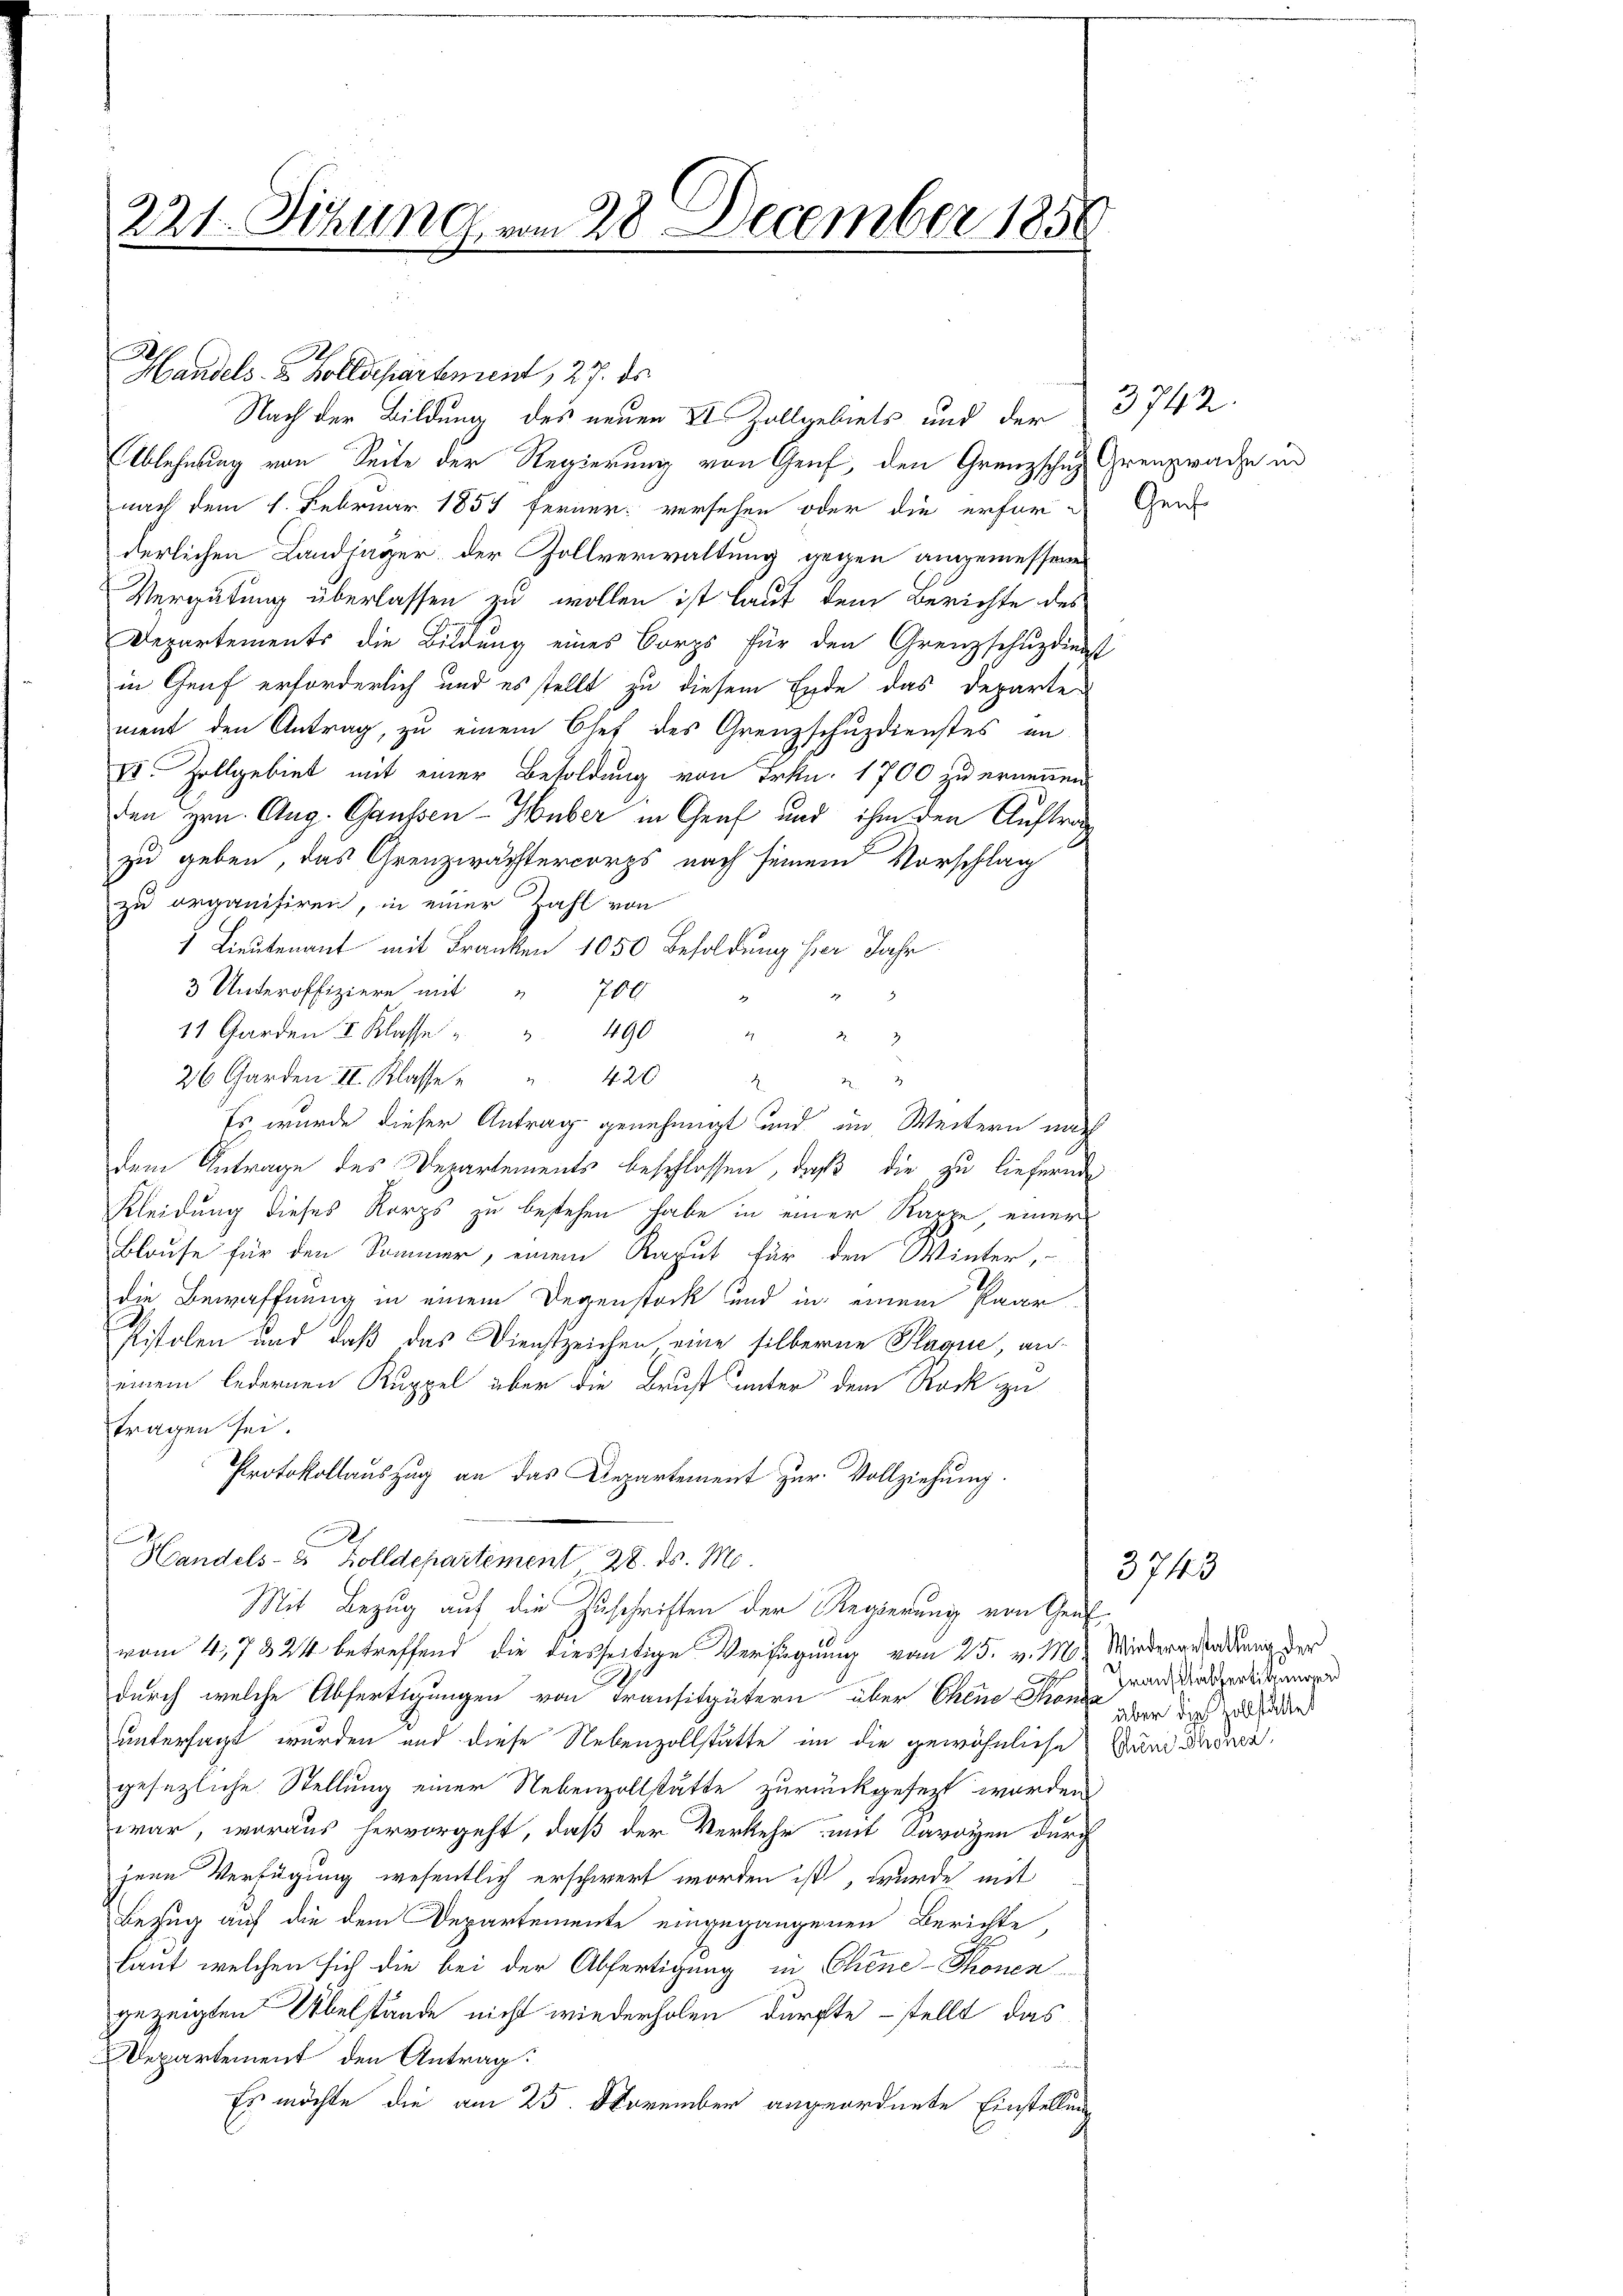
221. Sichung vom 28. December 1856

1
Handels- & Zolldepartement, 27. ds.
Nach der Bildung des neuen II Zollgebiets und der 3742
Ablehnung von Seite der Regierung von Genf, den Grenzsche Grenprache in
nach dem 1. Februar 1857 ferner versehen oder die erfor-
derlichen Landtager, der Zollverwaltung gegen angemessenen
Vergütung überlassen zu wollen ist laut dem Berichte des
Departements die Bildung eines Corps für den Grenzschuzdingst
in Genf erforderlich und es stellt zu diesem Ende das Departe
ment den Antrag, zu einem Chef des Grenzschuzdienstes an
VI. Zollgebiet mit einer Besoldung von Frkn. 1700 zu ernennen
den Hrn. Aug. Gaussen - Huber in Graf und ihm den Auftrag
zu geben, das Grenzwachtercorps nach seinem Vorschlag
zu organisiren, in einer Zahl von
1 Lieutenant mit Franken 1050 Besoldung hier Jahr
3 Unteroffiziere mit " 700

11 Garden I Klasse " " 490
  "
26 Garden II. Klasse " " 420
d
H
Es wurde dieser Antrag genehmigt und im Weitern und
dem Antrage des Departements beschlossen, daß die zu liefernde
Kleidung dieses Korps zu bestehen habe in einer Karpe, einer
Blause für den Sommer, einem Ragut für den Winter,
2
die Bewaffnung in einem Degenstock und in einem Paar
Pistolen und daß das Dienstzeichen, eine silberne Paque, aneinem ledernen Kuppel über die Brust unter dem Rock zu
tragen sei.
Protokollauszug an das Departement zur Vollziehung.
Handels- u Zolldepartement 28. ds. M.
Mit Bezug auf die Zuschriften der Regierung von Graf
vom 4. 7824 betreffend die diesseitige Verfügung vom 25. v. M. Mindererstattung der
durch welche Abfertigungen von Transitgütern über Chene Kronsz
untersagt wurden und diese Nebenzollstätte im die gewöhnliche und dadurgesezliche Stellung einer Nebenzollstätte zurückgesezt worden
war, woraus hervorgeht, daß der Verkehr mit Savoyen durch
jene Verfügung wesentlich erschwert worden ist, wurde mit
Bezug auf die dem Departemente eingegangenen Berichte
laut welchen sich die bei der Abfertigung in Chine-Thonen
gezeigten Übelstände nicht wiederholen dürfte – stellt das
Departement den Antrag.
Es möchte die am 25. November angeordnete Einstellung

Genf

3743

Franz abfertikungen
aber die Zollstattet